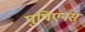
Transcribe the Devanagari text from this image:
पुपिएनस